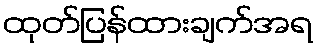
ထုတ်ပြန်ထားချက်အရ